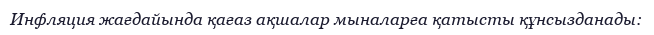
Инфляция жағдайында қағаз ақшалар мыналарға қатысты құнсызданады: